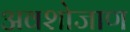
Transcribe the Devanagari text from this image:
अवशोजाण